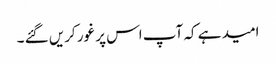
امید ہے کہ آپ اس پر غور کریں گئے ۔